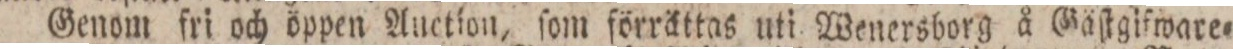
Genom fri och öppen Auction, ſom förrättas uti Wenersborg å Gäſtgifware=